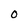
Character: O